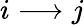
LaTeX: i\longrightarrow j